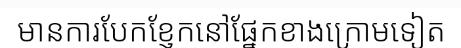
មានការបែកខ្ញែកនៅផ្នែកខាងក្រោមទៀត